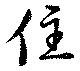
住